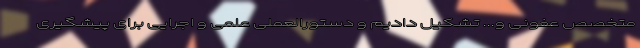
متخصص عفونی و... تشکیل دادیم و دستورالعملی علمی و اجرایی برای پیشگیری